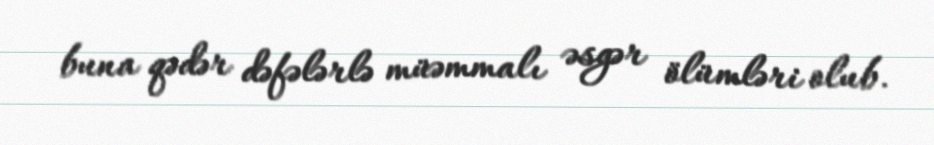
buna qədər dəfələrlə müəmmalı əsgər ölümləri olub.